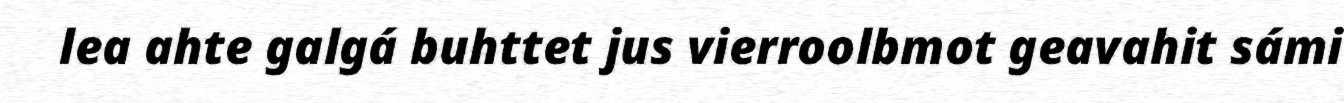
lea ahte galgá buhttet jus vierroolbmot geavahit sámi